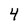
Character: 4